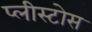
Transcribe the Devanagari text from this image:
प्लीस्टोस